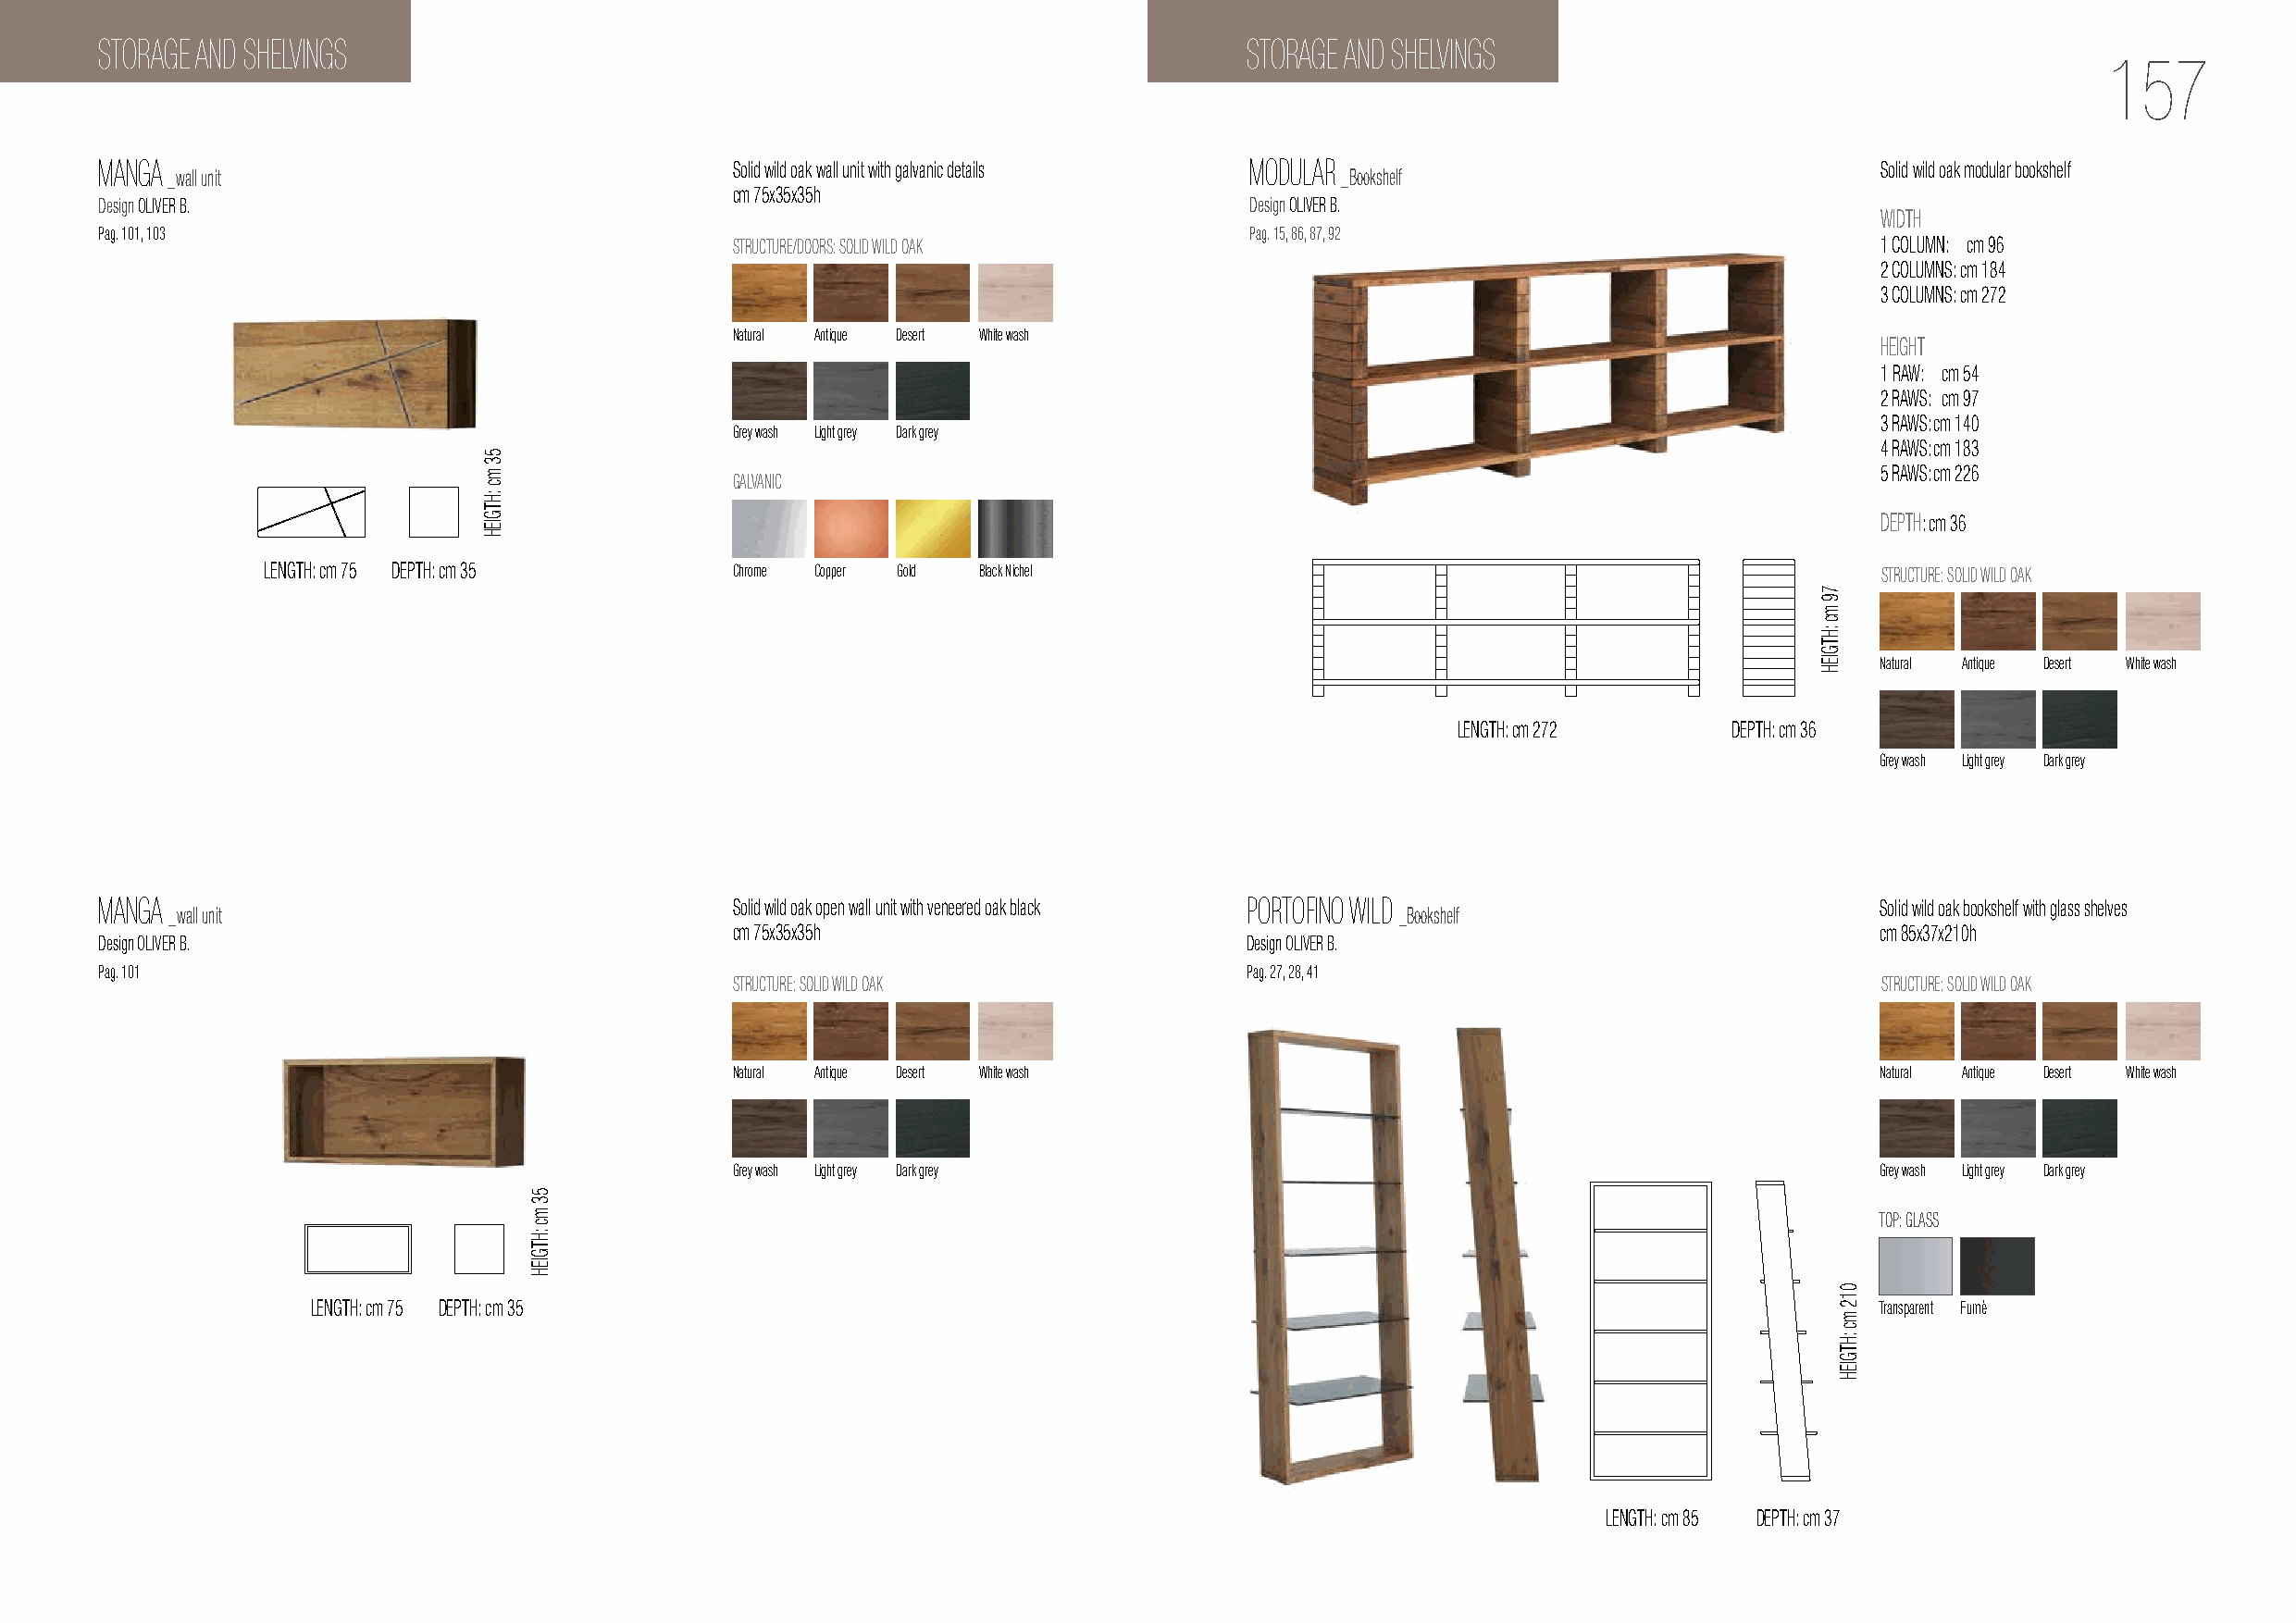
STORAGE AND SHELVINGS                                                             STORAGE AND SHELVINGS
 157
 MANGA                                        Solid wild oak wall unit with galvanic details MODULAR                            Solid wild oak modular bookshelf
 _wall unit                                                                          _Bookshelf
 cm 75x35x35h
 Design OLIVER B.                                                                  Design OLIVER B.
 WIDTH
 Pag. 101, 103                                                                     Pag. 15, 86, 87, 92
 STRUCTURE/DOORS: SOLID WILD OAK                                                   1 COLUMN: cm 96
 2 COLUMNS: cm 184
 3 COLUMNS: cm 272
 Natural Antique Desert White wash
 HEIGHT
 1 RAW: cm 54
 2 RAWS: cm 97
 3 RAWS: cm 140
 Grey wash Light grey Dark grey
 4 RAWS: cm 183
 5 RAWS: cm 226 GALVANIC
 DEPTH: cm 36
 LENGTH: cm 75 DEPTH: cm 35       Chrome Copper Gold Black Nichel                                                    STRUCTURE: SOLID WILD OAK
 Natural Antique Desert White wash
 LENGTH: cm 272      DEPTH: cm 36
 Grey wash Light grey Dark grey
 MANGA                                        Solid wild oak open wall unit with veneered oak black PORTOFINO WILD              Solid wild oak bookshelf with glass shelves
 _wall unit                                                                              _Bookshelf
 cm 75x35x35h                                                                      cm 85x37x210h
 Design OLIVER B.                                                                  Design OLIVER B.
 Pag. 101                                                                          Pag. 27, 28, 41
 STRUCTURE: SOLID WILD OAK                                                          STRUCTURE: SOLID WILD OAK
 Natural Antique Desert White wash                                                 Natural Antique Desert White wash
 Grey wash Light grey Dark grey                                                    Grey wash Light grey Dark grey
 TOP: GLASS
 LENGTH: cm 75 DEPTH: cm 35                                                                                      Transparent Fumè
 LENGTH: cm 85 DEPTH: cm 37
 53
 mc
 :HTGIEH
 53
 mc
 :HTGIEH
 79
 mc
 :HTGIEH
 012
 mc
 :HTGIEH